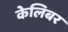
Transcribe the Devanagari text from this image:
केलिबर